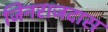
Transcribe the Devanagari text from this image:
जिनराजदास